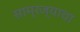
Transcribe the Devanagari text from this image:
साम्रज्याचा